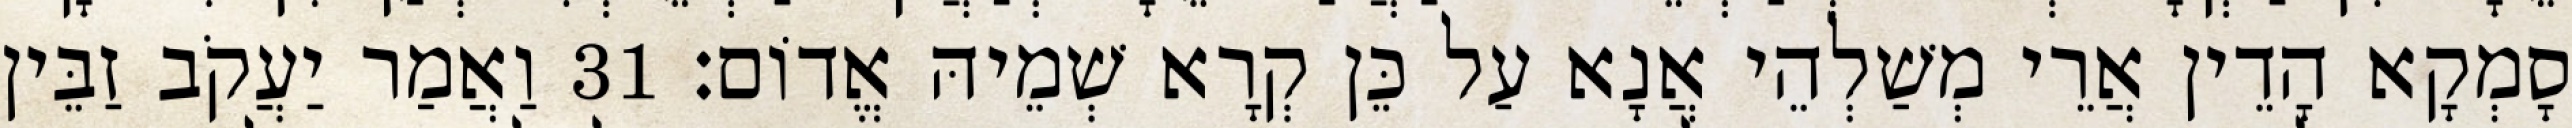
סָמְקָא הָדֵין אֲרֵי מְשַׁלְהֵי אֲנָא עַל כֵּן קְרָא שְׁמֵיהּ אֱדוֹם׃ 31 וַאֲמַר יַעֲקֹב זַבֵּין